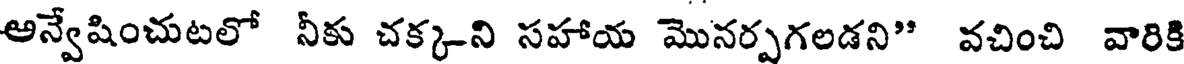
అన్వేషించుటలో నీకు చక్కని సహాయ మొనర్పగలడని" వచించి వారికి